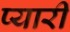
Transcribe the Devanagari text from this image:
प्‍यारी